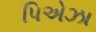
પિએઝા